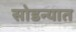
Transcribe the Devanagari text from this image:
सोडन्यात